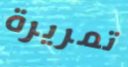
تمريرة